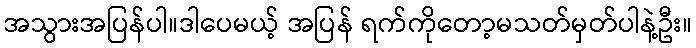
အသွားအပြန်ပါ။ဒါပေမယ့် အပြန် ရက်ကိုတော့မသတ်မှတ်ပါနဲ့ဦး။